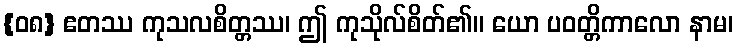
{၀၈} ဧတဿ ကုသလစိတ္တဿ၊ ဤ ကုသိုလ်စိတ်၏။ ယော ပဝတ္တိကာလော နာမ၊